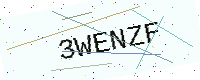
Text: 3WENZF